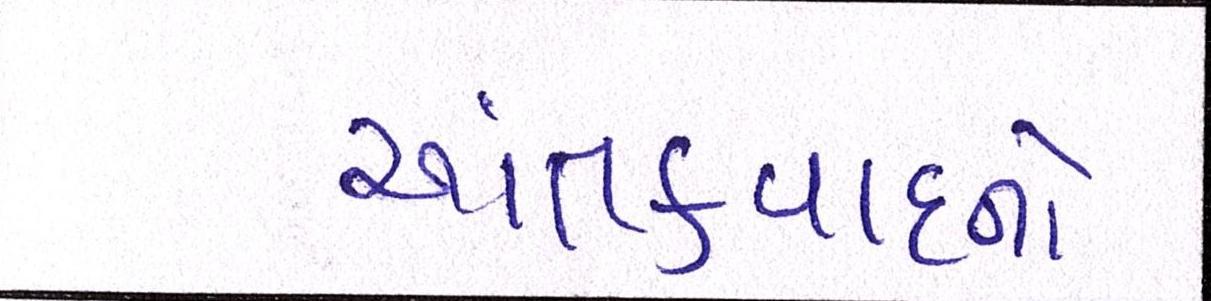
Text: આતંકવાદનો